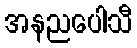
အနညပေါသီ